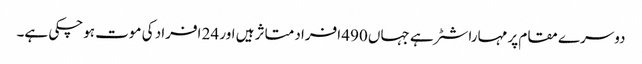
دوسرے مقام پر مہاراشٹر ہے جہاں 490 افراد متاثر ہیں اور 24 افراد کی موت ہوچکی ہے۔